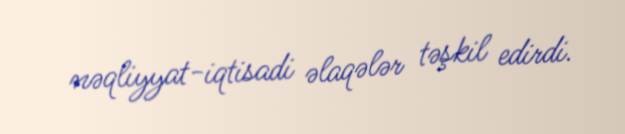
nəqliyyat-iqtisadi əlaqələr təşkil edirdi.